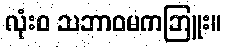
လုံးဝ သဘာဝမကဘြူး။